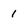
Character: 1